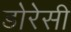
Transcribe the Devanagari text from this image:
डोरेसी